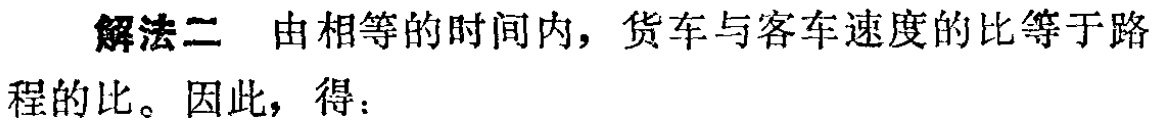
解法二 由相等的时间内，货车与客车速度的比等于路

程的比。因此，得：